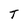
Character: T